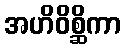
အဟိဝိစ္ဆိကာ